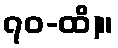
၇၀-ထိ)။